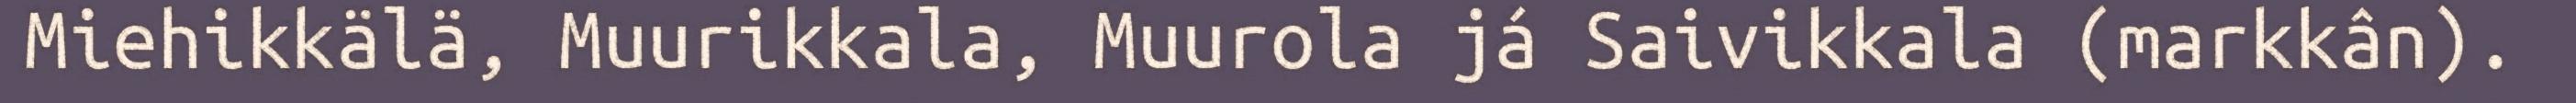
Miehikkälä, Muurikkala, Muurola já Saivikkala (markkân).